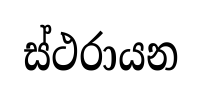
ස්ථරායන